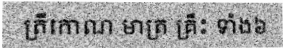
ត្រីកោណ មាត្រ គ្រឹះ ទាំង៦